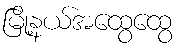
မြို့နယ်အထွေထွေ